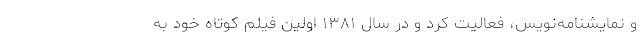
و نمایشنامه‌نویس، فعالیت کرد و در سال ١٣٨١ اولین فیلم کوتاه خود به